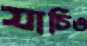
যাচিও